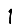
Digit: 1